Lunatic asylums Burma 1907-21 - 1907-1921
Year: 1907
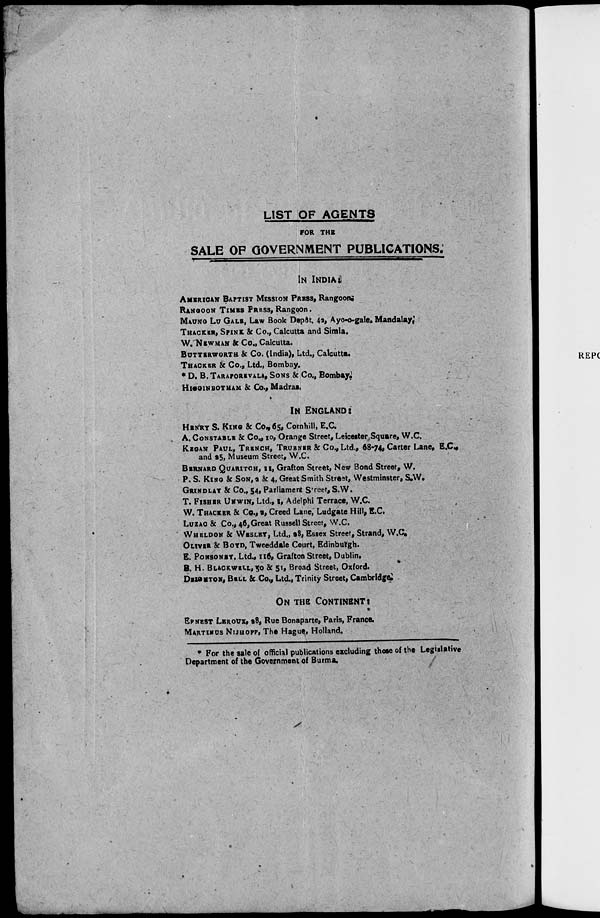
LIST OF AGENTS
FOR THE
SALE OF GOVERNMENT PUBLICATIONS.
IN INDIA:
AMERICAN BAPTIST MISSION PRESS, Rangoon.
RANGOON TIMES PRESS, Rangoon.
MAUNG LU GALE, Law Book Depôt, 42, Ayo-o-gale. Mandalay,
THACKER, SPINK & Co., Calcutta and Simla.
W. NEWMAN & Co., Calcutta.
BUTTERWORTH & Co. (India), Ltd., Calcutta.
THACKER & Co., Ltd., Bombay.
* D. B. TARAPOREVALA, SONS & Co., Bombay.
HIGGINBOTHAM & Co., Madras.
IN ENGLAND:
HENRY S. KING & Co., 65, Cornhill, E.C.
A. CONSTABLE & Co., 10, Orange Street, Leicester Square, W.C.
KEGAN PAUL, TRENCH, TRUBNER & Co., Ltd., 68-74, Carter Lane, E.C.,
and 25, Museum Street, W.C.
BERNARD QUARITCH, 11, Grafton Street, New Bond Street, W.
P. S. KING & SON, & 4, Great Smith Street, Westminster, S.W.
GRINDLAY & Co., 54, Parliament Street,S.W.
T. FISHER UNWIN, Ltd., 1, Adelphi Terrace, W.C.
W. THACKER & Co.,2, Creed Lane, Ludgate Hill, E.C.
LUZAC & Co., 46,Great Russell Street, W.C.
WHELDON & WESLEY, Ltd., 28, Essex Street, Strand, W.C.
OLIVER & BOYD, Tweeddale Court, Edinburgh.
E. PONSONBY, Ltd., 116, Grafton Street, Dublin.
B. H. BLACKWELL, 50 & 51, Broad Street, Oxford.
DEIGHTON, BELL & Co., Ltd., Trinity Street, Cambridge
ON THE CONTINENT:
ERNEST LEROUX, 28, Rue Bonaparte, Paris, France.
MARTINUS NIJHOFF, The Hague, Holland.
* For the sale of official publications excluding those of the Legislative
Department of the Government of Burma.